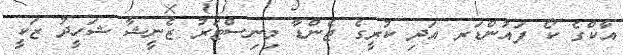
އާކްގެ ކޯ ފައުންޑަރ އަދި ކުރީގެ ޖެންޑާ މިނިސްޓަރު ޒެނީޝާ ޝަހީދު ޒަކީ